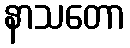
နာသတော